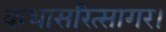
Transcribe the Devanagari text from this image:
कथासरित्सागर।